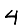
Digit: 4